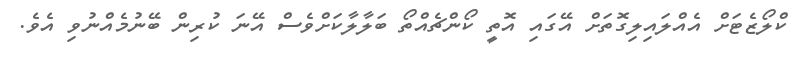
ކްލޯޒެޓަށް އެއްލައިލިގޮތަށް އޭގައި އޮތީ ކޯންޗެއްތޯ ބަލާލާކަށްވެސް އޭނަ ކުރިން ބޭނުމެއްނުވި އެވެ.